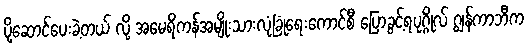
ပို့ဆောင်ပေးခဲ့တယ် လို့ အမေရိကန်အမျိုးသားလုံခြုံရေးကောင်စီ ပြောခွင့်ရပုဂ္ဂိုလ် ဂျွန်ကာဘီက